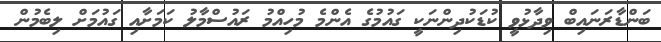
ބަންޑާރަނައިބް ވިދާޅުވީ ކުޑަކުދިންނަކީ ގައުމުގެ އެންމެ މުހިއްމު ރައުސްމާލު ކަަމަށާއި ގައުމަށް ލިބެމުން